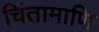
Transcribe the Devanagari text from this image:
चिंतामाणि